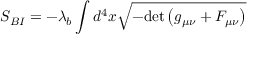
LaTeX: S _ { B I } = - \lambda _ { b } \int { d ^ { 4 } x \sqrt { - \mathrm { d e t } \left( g _ { \mu \nu } + F _ { \mu \nu } \right) } }